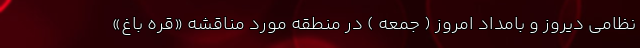
نظامی دیروز و بامداد امروز ( جمعه ) در منطقه مورد مناقشه «قره باغ»